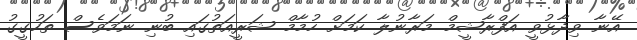
އޭނާ ވިދާޅުވީ އަފްރާޝީމް މަރާނުލާ ކަމަށް ހުމާމް ޝަރީއަތުގައި ބުނި ނަމަވެސް ތަހުގީގު